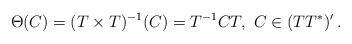
LaTeX: \begin{align*} \Theta(C) = (T\times T)^{-1}(C) = T^{-1}CT, \ C\in (TT^*)' \,.\end{align*}